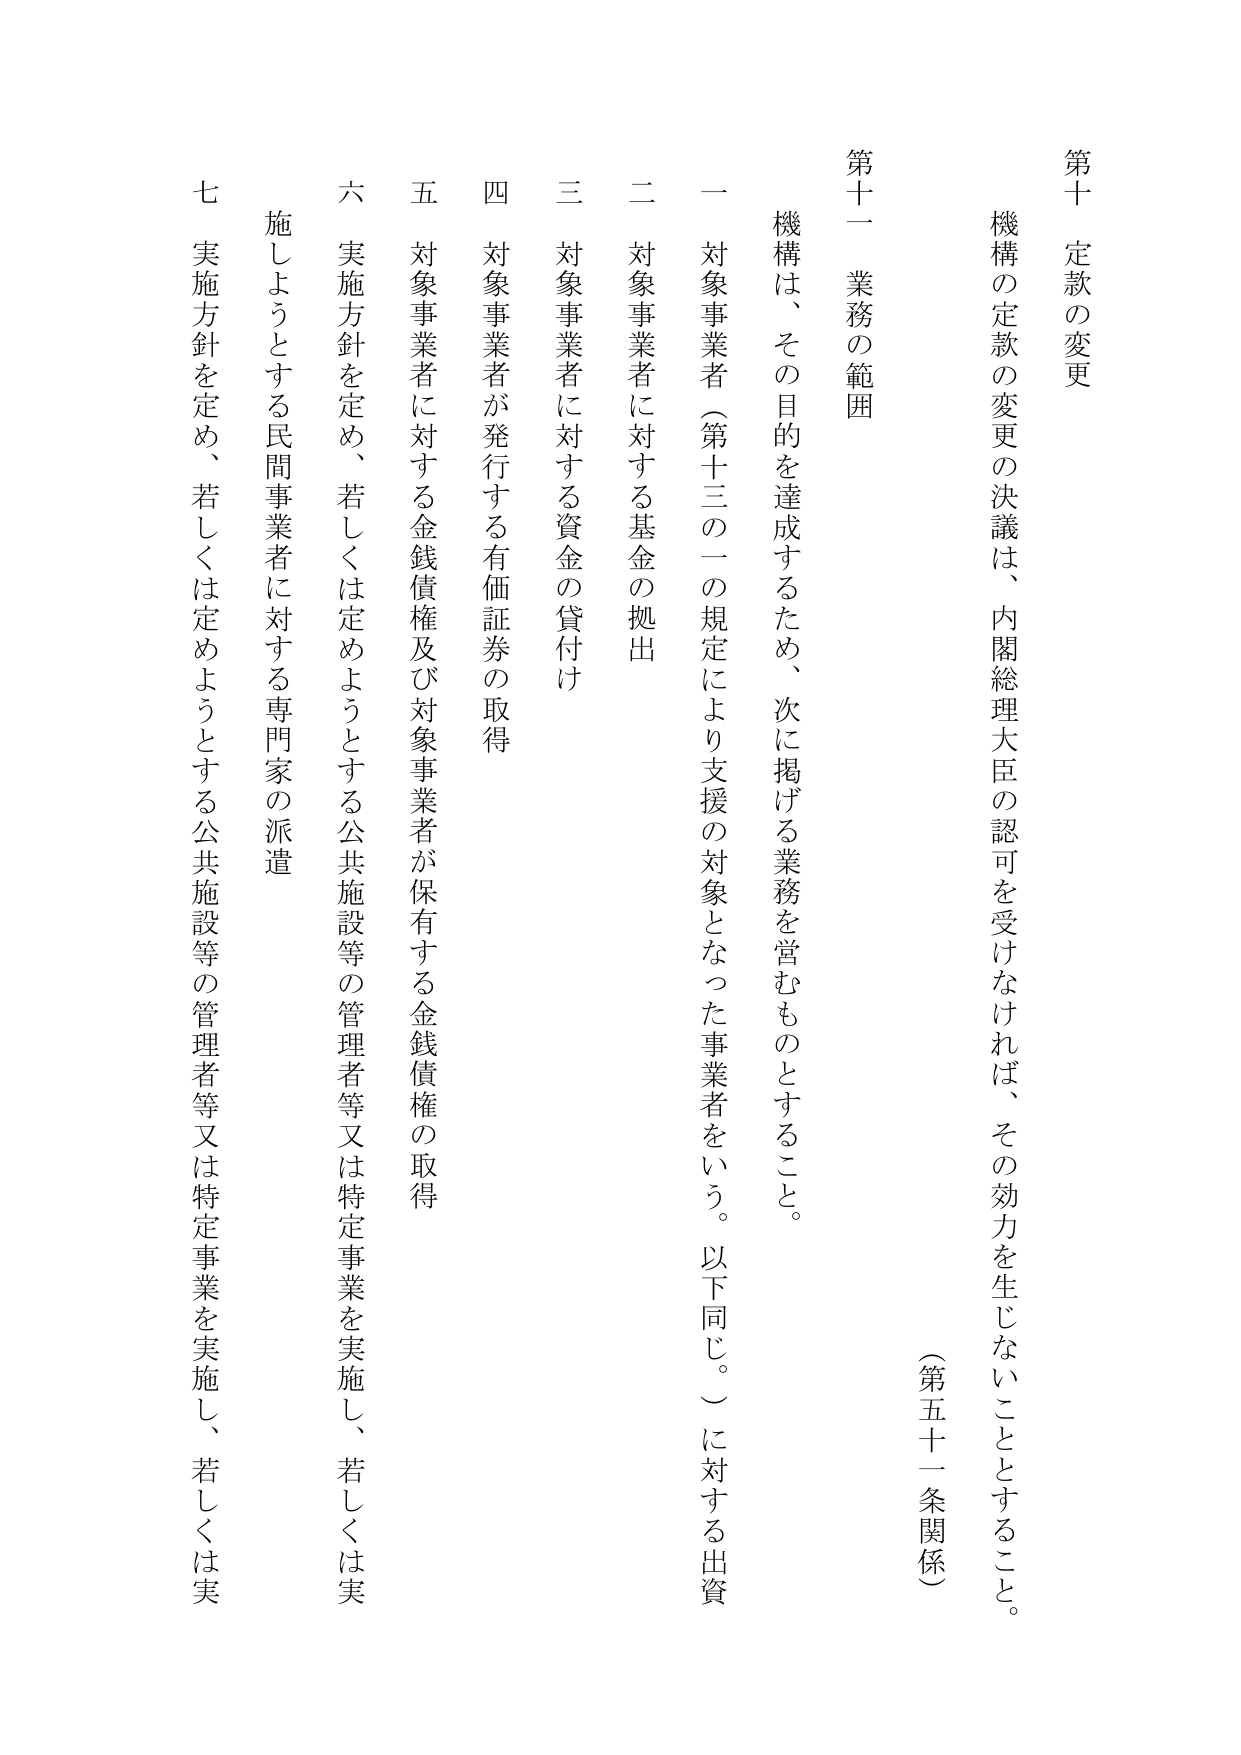
第十 定款の変更
機構の定款の変更の決議は、内閣総理大臣の認可を受けなければ、その効力を生じないこととする。
（第五十一条関係）

第十一 業務の範囲
機構は、その目的を達成するため、次に掲げる業務を営むものとする。
一 対象事業者（第十三の二の規定により支援の対象となった事業者をいう。以下同じ。）に対する出資
二 対象事業者に対する基金の拠出
三 対象事業者に対する資金の貸付け
四 対象事業者が発行する有価証券の取得
五 対象事業者に対する金銭債権及び対象事業者が保有する金銭債権の取得
六 実施方針を定め、若しくは定めようとする公共施設等の管理者等又は特定事業を実施し、若しくは実施しようとする民間事業者に対する専門家の派遣
七 実施方針を定め、若しくは定めようとする公共施設等の管理者等又は特定事業を実施し、若しくは実施しようとする民間事業者に対する専門家の派遣